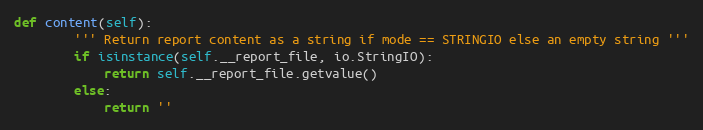
Language: Python
def content(self):
        ''' Return report content as a string if mode == STRINGIO else an empty string '''
        if isinstance(self.__report_file, io.StringIO):
            return self.__report_file.getvalue()
        else:
            return ''